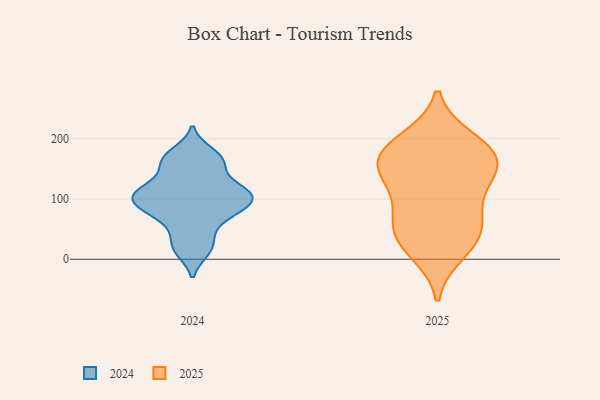
{"axis": {"x": "Backlog", "y": "Value"}, "legend": ["2024", "2025"], "data": [{"x": "", "y": 46, "type": "2025"}, {"x": "", "y": 184, "type": "2025"}, {"x": "", "y": 167, "type": "2025"}, {"x": "", "y": 14, "type": "2025"}, {"x": "", "y": 165, "type": "2025"}, {"x": "", "y": 52, "type": "2025"}, {"x": "", "y": 115, "type": "2025"}, {"x": "", "y": 91, "type": "2025"}, {"x": "", "y": 196, "type": "2025"}, {"x": "", "y": 38, "type": "2025"}, {"x": "", "y": 154, "type": "2025"}, {"x": "", "y": 152, "type": "2025"}, {"x": "", "y": 96, "type": "2024"}, {"x": "", "y": 19, "type": "2024"}, {"x": "", "y": 155, "type": "2024"}, {"x": "", "y": 113, "type": "2024"}, {"x": "", "y": 102, "type": "2024"}, {"x": "", "y": 97, "type": "2024"}, {"x": "", "y": 118, "type": "2024"}, {"x": "", "y": 79, "type": "2024"}, {"x": "", "y": 176, "type": "2024"}, {"x": "", "y": 163, "type": "2024"}, {"x": "", "y": 43, "type": "2024"}, {"x": "", "y": 15, "type": "2024"}, {"x": "", "y": 79, "type": "2024"}, {"x": "", "y": 114, "type": "2024"}, {"x": "", "y": 164, "type": "2024"}, {"x": "", "y": 73, "type": "2024"}, {"x": "", "y": 114, "type": "2024"}]}